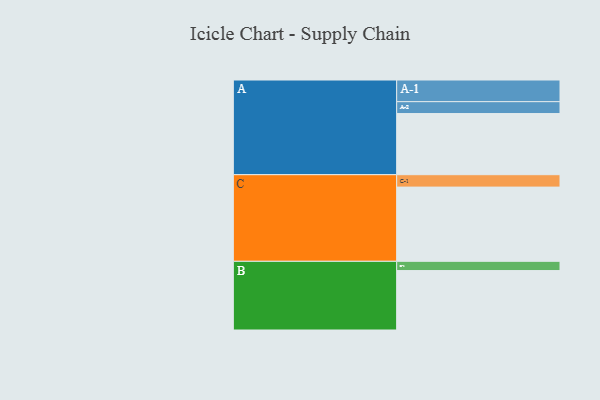
{"axis": {"x": "Segment", "y": "Value"}, "legend": ["", "A", "B", "C"], "data": [{"x": "A", "y": 463, "type": ""}, {"x": "B", "y": 450, "type": ""}, {"x": "C", "y": 562, "type": ""}, {"x": "A-1", "y": 164, "type": "A"}, {"x": "A-2", "y": 90, "type": "A"}, {"x": "B-1", "y": 70, "type": "B"}, {"x": "C-1", "y": 94, "type": "C"}]}